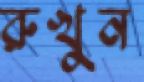
রুখুন